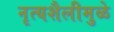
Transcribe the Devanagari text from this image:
नृत्यशैलीमुळे